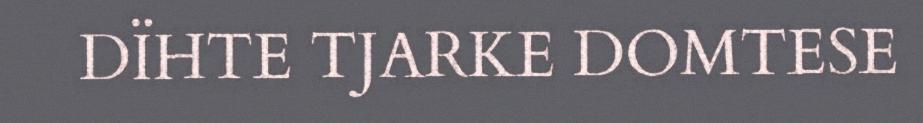
DÏHTE TJARKE DOMTESE